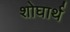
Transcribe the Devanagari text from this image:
शोघार्थ